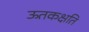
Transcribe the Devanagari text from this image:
ऊतकक्षति